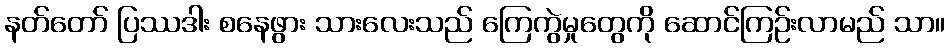
နတ်တော် ပြဿဒါး စနေဖွား သားလေးသည် ကြေကွဲမှုတွေကို ဆောင်ကြဉ်းလာမည် သာ။